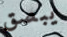
يبصق